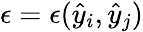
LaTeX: \epsilon=\epsilon(\hat{y}_{i},\hat{y}_{j})